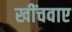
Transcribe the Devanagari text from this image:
खींचवाए